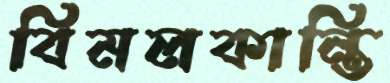
বিমলকান্তি